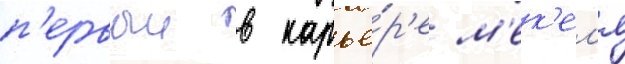
п'ервыи в карье́р'е м'ек'ел'я